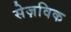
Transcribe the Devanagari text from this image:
सेज़विक